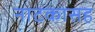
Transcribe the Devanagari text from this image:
नाटकासह